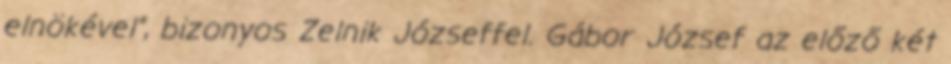
elnökével”, bizonyos Zel­nik Jó­zseffel. Gábor József az előző két